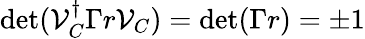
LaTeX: \operatorname*{det}(\mathcal{V}_{C}^{\dagger}\Gamma r\mathcal{V}_{C})=\operatorname*{det}(\Gamma r)=\pm 1